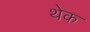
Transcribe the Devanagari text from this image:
थेक